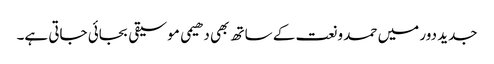
جدید دور میں حمد و نعت کے ساتھ بھی دھیمی موسیقی بجائی جاتی ہے۔